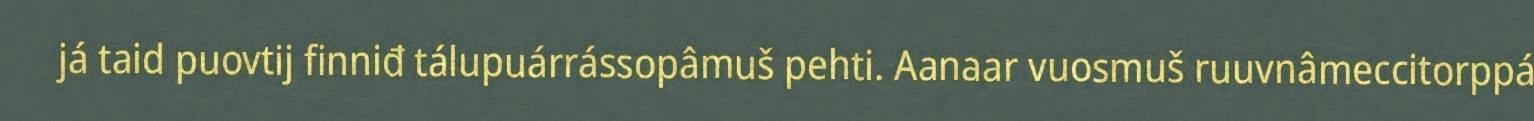
já taid puovtij finniđ tálupuárrássopâmuš pehti. Aanaar vuosmuš ruuvnâmeccitorppá